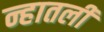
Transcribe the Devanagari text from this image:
न्हातली